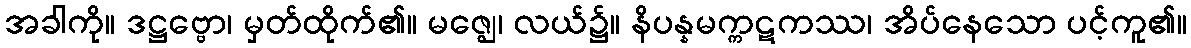
အခါကို။ ဒဋ္ဌဗ္ဗော၊ မှတ်ထိုက်၏။ မဇ္ဈေ၊ လယ်၌။ နိပန္နမက္ကဋကဿ၊ အိပ်နေသော ပင့်ကူ၏။